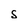
Character: s